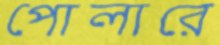
পোলারে